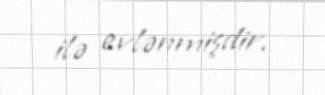
ilə evlənmişdir.